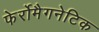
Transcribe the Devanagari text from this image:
फेर्रोमैगनेटिक